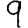
Digit: 9